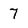
Character: 7